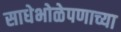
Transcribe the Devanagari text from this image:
साधेभोळेपणाच्या